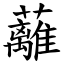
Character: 蘺